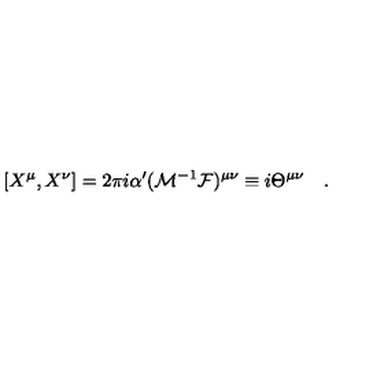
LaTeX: [ X ^ { \mu } , X ^ { \nu } ] = 2 \pi i \alpha ^ { \prime } ( { \cal M } ^ { - 1 } { \cal F } ) ^ { \mu \nu } \equiv i \Theta ^ { \mu \nu } \quad .